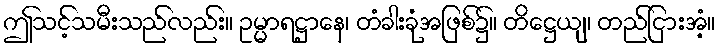
ဤသင့်သမီးသည်လည်း။ ဥမ္မာရဋ္ဌာနေ၊ တံခါးခုံအဖြစ်၌။ တိဋ္ဌေယျ၊ တည်ငြားအံ့။